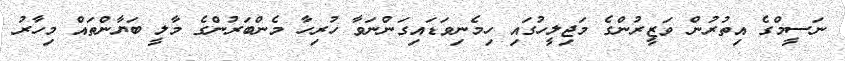
ނަސީމްގެ އިތުރުން ވަޒީރުންގެ މަޖިލީހުގައި ހިމެނިވަޑައިގަންނަވާ ހުރިހާ މެންބަރުންގެ މާލީ ބަޔާންތައް މިހާރު